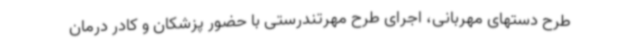
طرح دستهای مهربانی، اجرای طرح مهرتندرستی با حضور پزشکان و کادر درمان